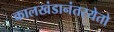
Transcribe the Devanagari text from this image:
कालखंडानंतरयेतो